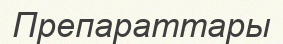
Препараттары